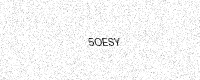
Text: 5OESY